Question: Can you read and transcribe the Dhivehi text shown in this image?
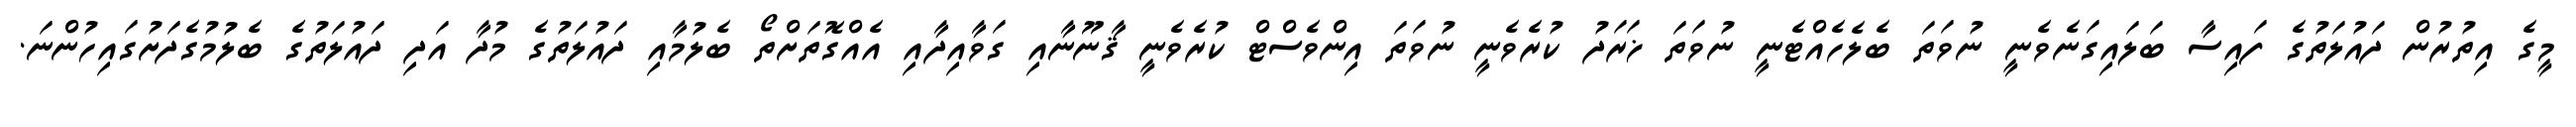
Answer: މީގެ އިތުރުން ދައުލަތުގެ ފައިސާ ބަލައިގަނެވެނީ ނުވަތަ ބެލެހެއްޓެނީ ނުވަތަ ޚަރަދު ކުރެވެނީ ނުވަތަ އިންވެސްޓް ކުރެވެނީ ޤާނޫނާއި ގަވާއިދާއި އެއްގޮތަށްތޯ ބެލުމާއި ދައުލަތުގެ މުދާ އަދި ދައުލަތުގެ ބެލުމުގެދަށުގައިހުންނަ.